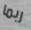
ربما